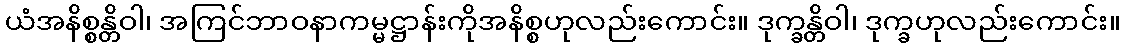
ယံအနိစ္စန္တိဝါ၊ အကြင်ဘာဝနာကမ္မဋ္ဌာန်းကိုအနိစ္စဟုလည်းကောင်း။ ဒုက္ခန္တိဝါ၊ ဒုက္ခဟုလည်းကောင်း။